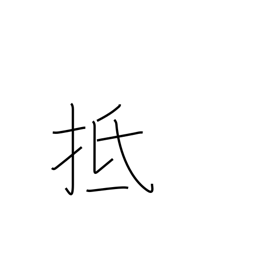
Meaning: touch